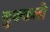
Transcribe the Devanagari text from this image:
चुक्कलो